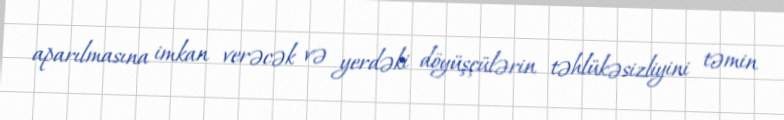
aparılmasına imkan verəcək və yerdəki döyüşçülərin təhlükəsizliyini təmin